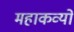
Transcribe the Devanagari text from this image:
महाकव्यों